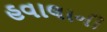
હવાલાની